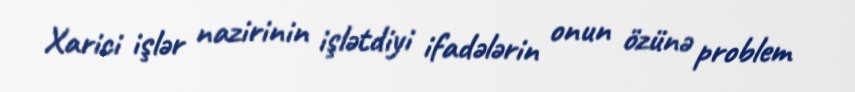
Xarici işlər nazirinin işlətdiyi ifadələrin onun özünə problem